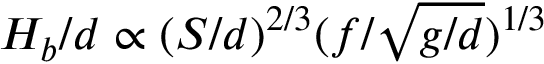
H _ { b } / d \propto ( S / d ) ^ { 2 / 3 } ( f / \sqrt { g / d } ) ^ { 1 / 3 }